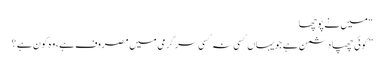
“ میں نے پوچھا
”کوئی چھپا دشمن ہے جویہاں کسی نہ کسی سرگرمی میں مصروف ہے، وہ کون ہے ؟